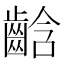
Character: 𪘒